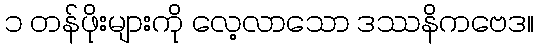
၁ တန်ဖိုးများကို လေ့လာသော ဒဿနိကဗေဒ။